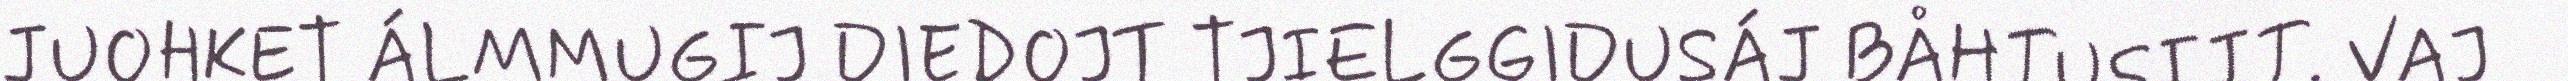
JUOHKET ÁLMMUGIJ DIEDOJT TJIELGGIDUSÁJ BÅHTUSIJT. VAJ